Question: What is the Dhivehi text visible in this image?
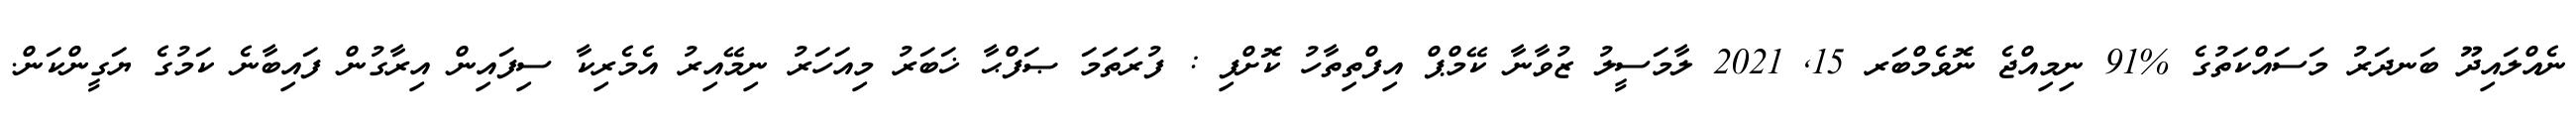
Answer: ނެއްލައިދޫ ބަނދަރު މަސައްކަތުގެ %91 ނިމިއްޖެ ނޮވެމްބަރ 15, 2021 ލާމަސީލު ޒުވާނާ ކޭމްޕް އިފްތިތާހު ކޮށްފި : ފުރަތަމަ ޞަފްޙާ ޚަބަރު މިއަހަރު ނިމޭއިރު އެމެރިކާ ސިފައިން އިރާގުން ފައިބާނެ ކަމުގެ ޔަގީންކަން.